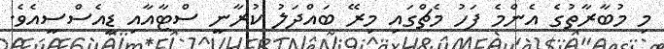
މި މުބާރާތުގެ އެންމެ ފަހު މެޗްގައި މިރޭ ބައްދަލު ކުރާނީ ސްޓާއާއި ޑީއެސްސީއެވެ.